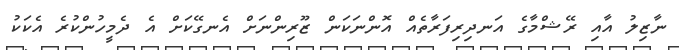
ނާޒިލު އާއި ރޭޝްމާގެ އަނދިރިފަރާތެއް އޮންނަކަން ޒޫރިންނަށް އެނގޭކަށް އެ ދެމީހުންކުރެ އެކަކު